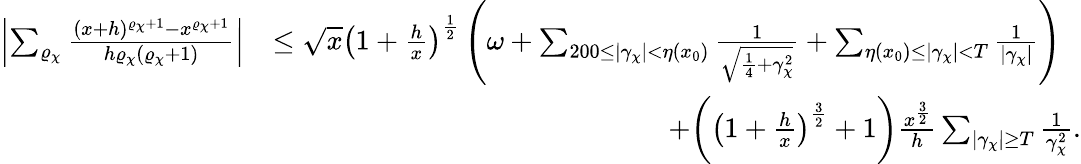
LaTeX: \begin{array}{rl}{\left|\sum_{\varrho_{\chi}}\frac{(x+h)^{\varrho_{\chi}+1}-x^{\varrho_{\chi}+1}}{h\varrho_{\chi}(\varrho_{\chi}+1)}\right|}&{\leq\sqrt{x}\left(1+\frac{h}{x}\right)^{\frac{1}{2}}\left(\omega+\sum_{200\leq|\gamma_{\chi}|<\eta(x_{0})}\frac{1}{\sqrt{\frac{1}{4}+\gamma_{\chi}^{2}}}+\sum_{\eta(x_{0})\leq|\gamma_{\chi}|<T}\frac{1}{|\gamma_{\chi}|}\right)}\\ &{\qquad\qquad\qquad\qquad\qquad\qquad\qquad+\bigg(\left(1+\frac{h}{x}\right)^{\frac{3}{2}}+1\bigg)\frac{x^{\frac{3}{2}}}{h}\sum_{|\gamma_{\chi}|\geq T}\frac{1}{\gamma_{\chi}^{2}}.}\end{array}